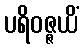
ပရိဝဇ္ဇယိံ